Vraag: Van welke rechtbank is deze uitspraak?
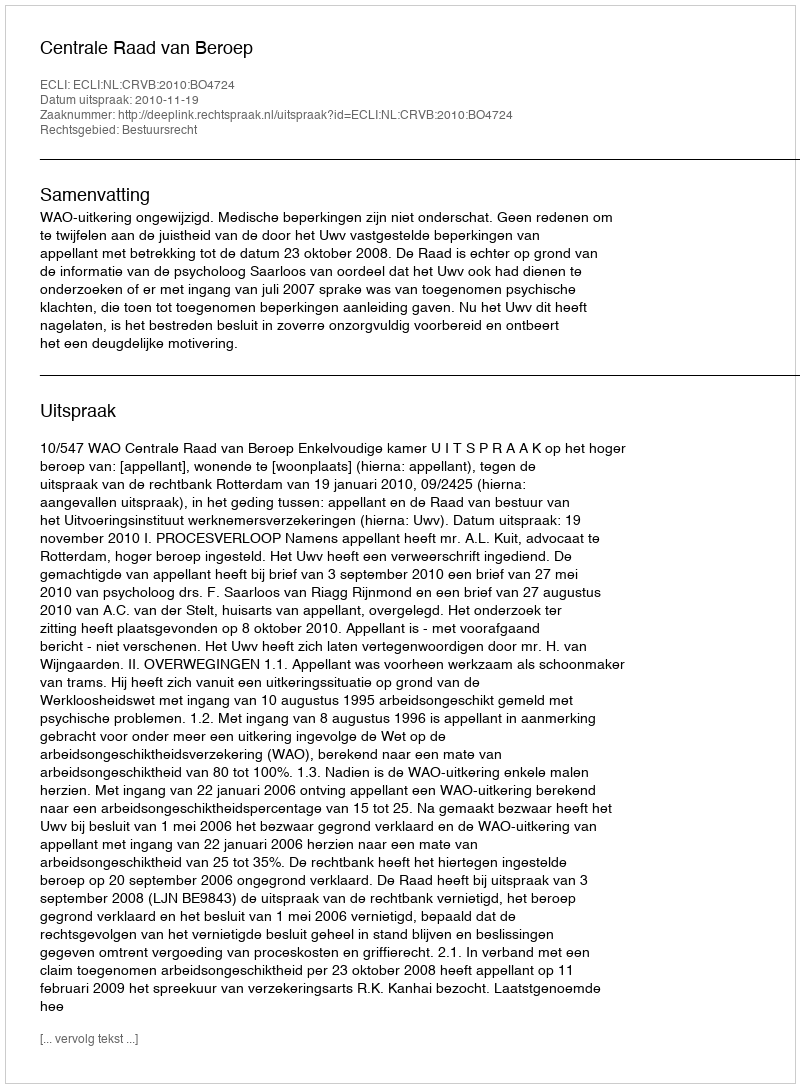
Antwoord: Centrale Raad van Beroep